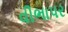
વીભાપર